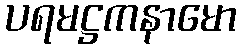
ပရမဋ္ဌကနာမော